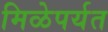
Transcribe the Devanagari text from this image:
मिळेपर्यत